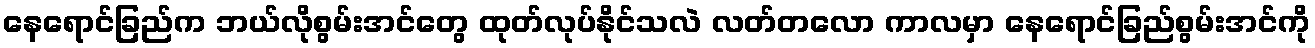
နေရောင်ခြည်က ဘယ်လိုစွမ်းအင်တွေ ထုတ်လုပ်နိုင်သလဲ လတ်တလော ကာလမှာ နေရောင်ခြည်စွမ်းအင်ကို